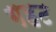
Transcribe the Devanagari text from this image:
गहट